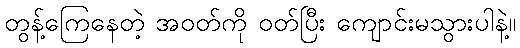
တွန့်ကြေနေတဲ့ အဝတ်ကို ဝတ်ပြီး ကျောင်းမသွားပါနဲ့။